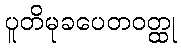
ပူတိမုခပေတဝတ္ထု